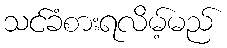
သင်ခံစားရလိမ့်မည်